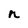
Character: n